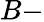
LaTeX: B-